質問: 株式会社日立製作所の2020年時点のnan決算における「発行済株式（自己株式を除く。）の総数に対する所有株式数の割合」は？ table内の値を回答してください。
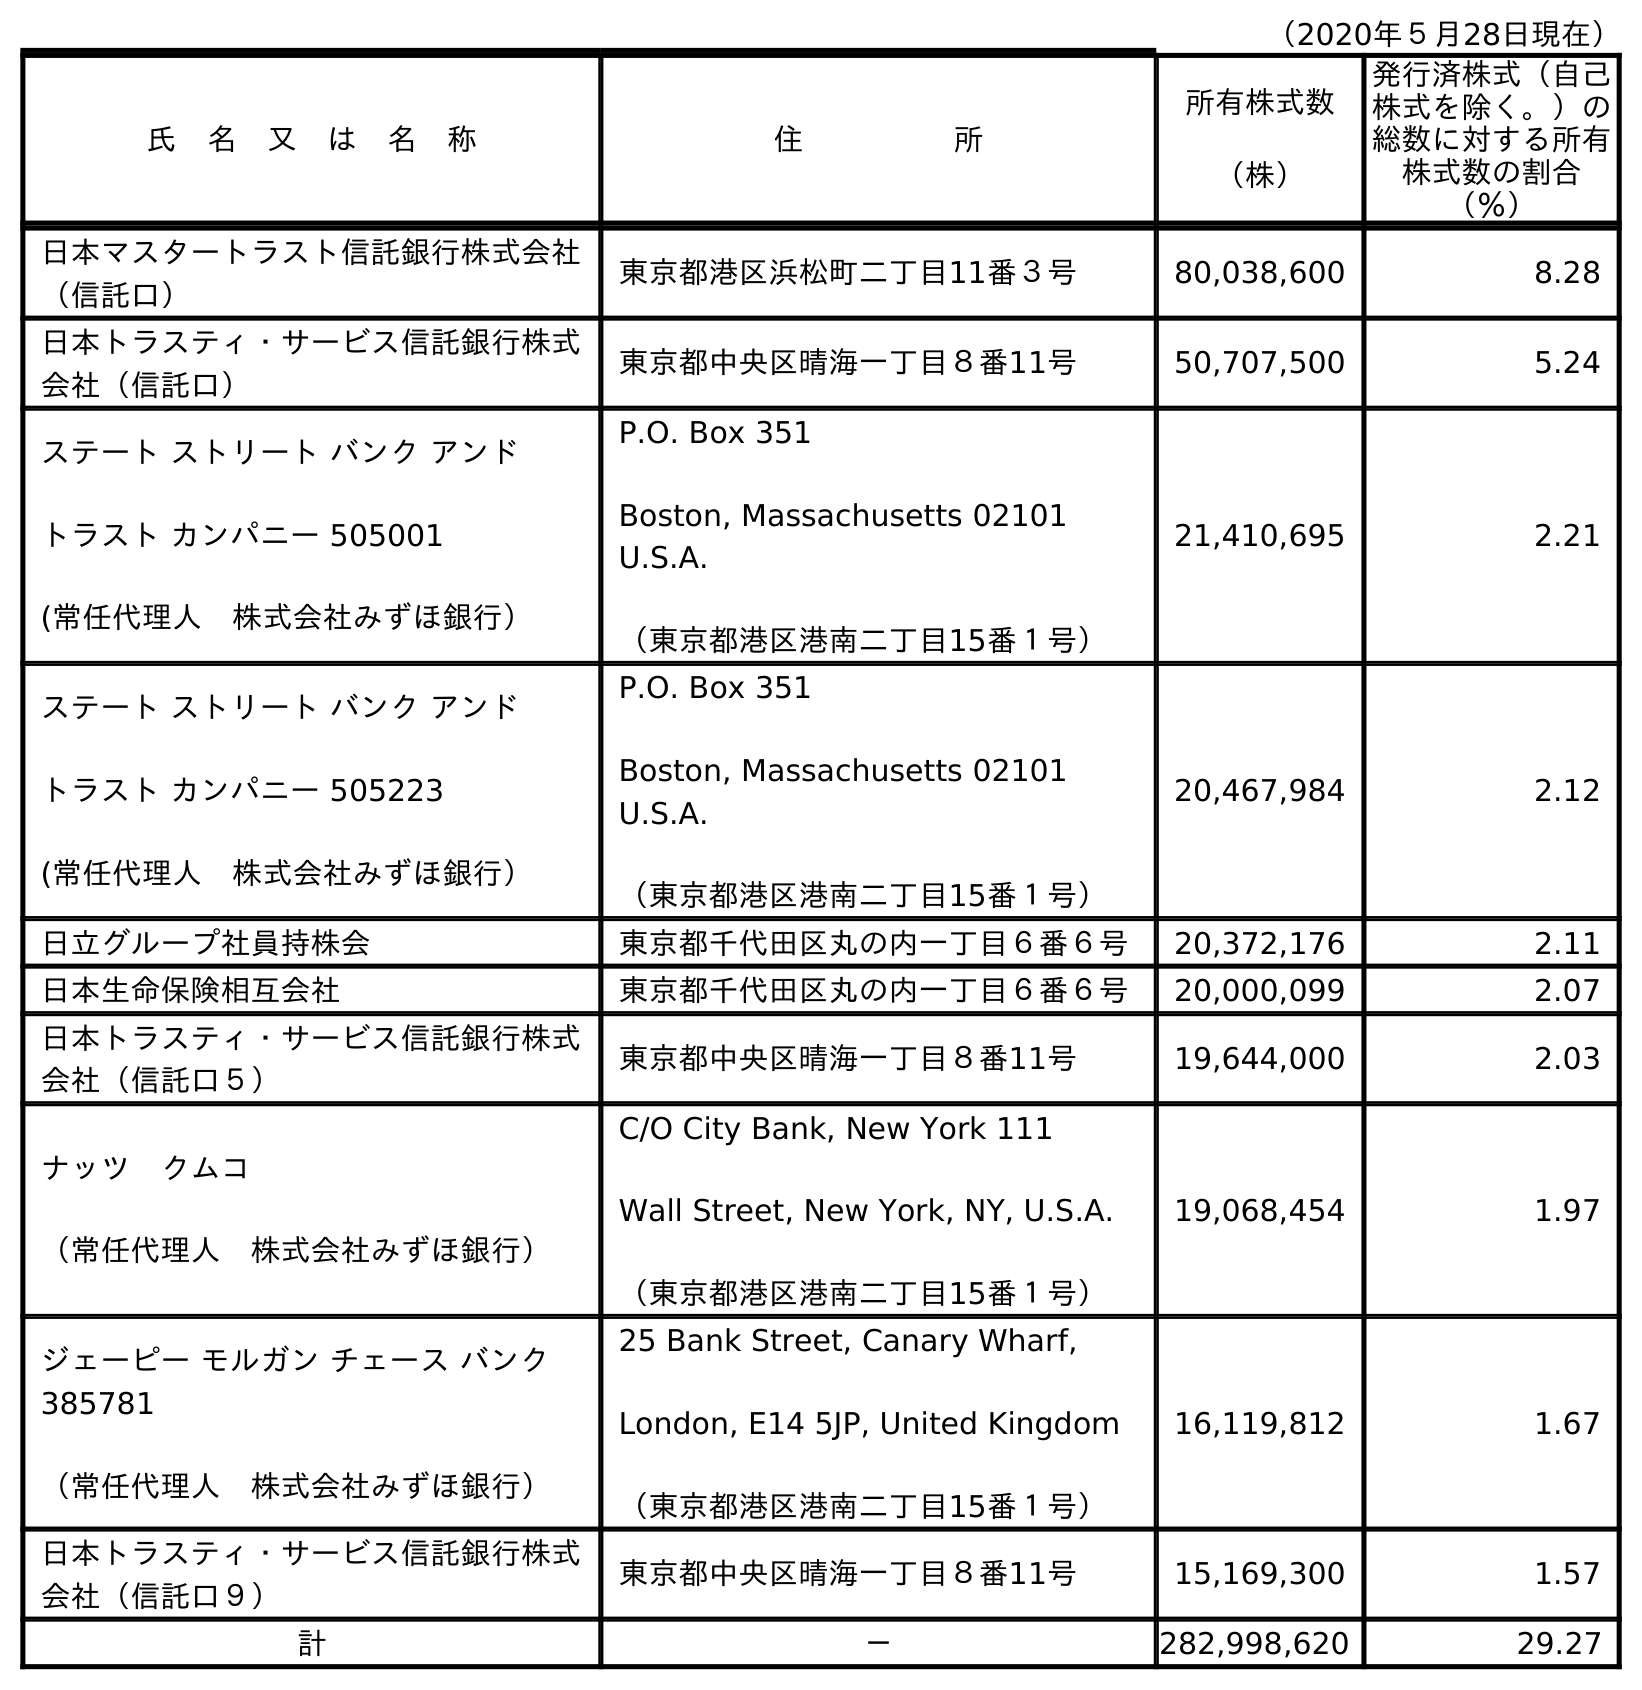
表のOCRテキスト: （2020年５月28日現在） 氏 名 又 は 名 称 住     所 所有株式数 （株） 発行済株式（自己 株式を除く。）の 総数に対する所有 株式数の割合 （％） 日本マスタートラスト信託銀行株式会社 （信託口） 東京都港区浜松町二丁目11番３号 80,038,600 8.28 日本トラスティ・サービス信託銀行株式 会社（信託口） 東京都中央区晴海一丁目８番11号 50,707,500 5.24 ステート ストリート バンク アンド トラスト カンパニー 505001 (常任代理人 株式会社みずほ銀行） P.O. Box 351 Boston, Massachusetts 02101 U.S.A. （東京都港区港南二丁目15番１号） 21,410,695 2.21 ステート ストリート バンク アンド トラスト カンパニー 505223 (常任代理人 株式会社みずほ銀行） P.O. Box 351 Boston, Massachusetts 02101 U.S.A. （東京都港区港南二丁目15番１号） 20,467,984 2.12 日立グループ社員持株会 東京都千代田区丸の内一丁目６番６号 20,372,176 2.11 日本生命保険相互会社 東京都千代田区丸の内一丁目６番６号 20,000,099 2.07 日本トラスティ・サービス信託銀行株式 会社（信託口５） 東京都中央区晴海一丁目８番11号 19,644,000 2.03 ナッツ クムコ （常任代理人 株式会社みずほ銀行） C/O City Bank, New York 111 Wall Street, New York, NY, U.S.A. （東京都港区港南二丁目15番１号） 19,068,454 1.97 ジェーピー モルガン チェース バンク 385781 （常任代理人 株式会社みずほ銀行） 25 Bank Street, Canary Wharf, London, E14 5JP, United Kingdom （東京都港区港南二丁目15番１号） 16,119,812 1.67 日本トラスティ・サービス信託銀行株式 会社（信託口９） 東京都中央区晴海一丁目８番11号 15,169,300 1.57 計 － 282,998,620 29.27
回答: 29.27